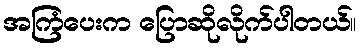
အကြံပေးက ပြောဆိုလိုက်ပါတယ်။